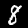
Digit: 8